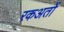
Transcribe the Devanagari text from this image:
रकअतों